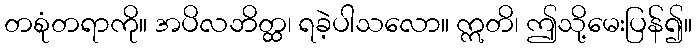
တစုံတရာကို။ အပိလဘိတ္ထ၊ ရခဲ့ပါသလော။ ဣတိ၊ ဤသို့မေးပြန်၍။